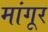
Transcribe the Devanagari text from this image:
मांगूर